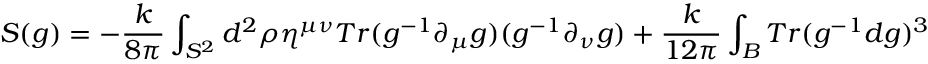
S ( g ) = - { \frac { k } { 8 \pi } } \int _ { S ^ { 2 } } d ^ { 2 } \rho \eta ^ { \mu \nu } T r ( g ^ { - 1 } \partial _ { \mu } g ) ( g ^ { - 1 } \partial _ { \nu } g ) + { \frac { k } { 1 2 \pi } } \int _ { B } T r ( g ^ { - 1 } d g ) ^ { 3 }